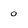
Character: 0